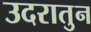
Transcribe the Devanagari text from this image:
उदरातुन